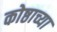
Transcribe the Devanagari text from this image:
कोष्ठाच्या